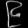
Digit: ၉